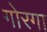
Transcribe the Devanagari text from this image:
गोरगा